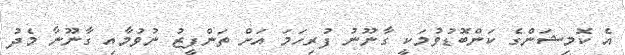
އެ ކޮމިޝަންގެ ކަންބޮޑުވުމަކީ ގާނޫނު ފުރިހަމަ އަށް ތަންފީޒު ނުވުމާއި ގާނޫނާ މެދު